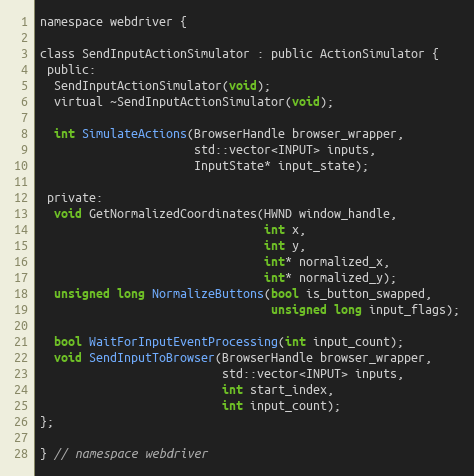
Language: C
namespace webdriver {

class SendInputActionSimulator : public ActionSimulator {
 public:
  SendInputActionSimulator(void);
  virtual ~SendInputActionSimulator(void);

  int SimulateActions(BrowserHandle browser_wrapper,
                      std::vector<INPUT> inputs,
                      InputState* input_state);

 private:
  void GetNormalizedCoordinates(HWND window_handle,
                                int x,
                                int y,
                                int* normalized_x,
                                int* normalized_y);
  unsigned long NormalizeButtons(bool is_button_swapped,
                                 unsigned long input_flags);

  bool WaitForInputEventProcessing(int input_count);
  void SendInputToBrowser(BrowserHandle browser_wrapper,
                          std::vector<INPUT> inputs,
                          int start_index,
                          int input_count);
};

} // namespace webdriver